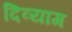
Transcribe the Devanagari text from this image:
दिव्याग